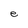
Character: e